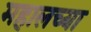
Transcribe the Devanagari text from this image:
महालच्या